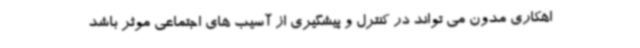
اهکاری مدون می تواند در کنترل و پیشگیری از آسیب های اجتماعی موثر باشد